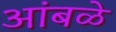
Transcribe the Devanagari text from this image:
आंबळे